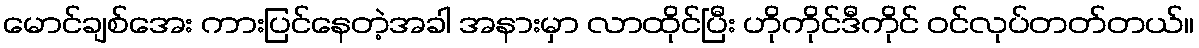
မောင်ချစ်အေး ကားပြင်နေတဲ့အခါ အနားမှာ လာထိုင်ပြီး ဟိုကိုင်ဒီကိုင် ဝင်လုပ်တတ်တယ်။